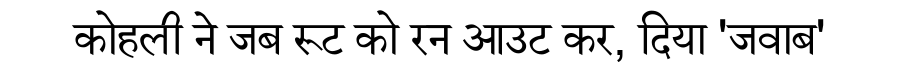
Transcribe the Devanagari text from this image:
कोहली ने जब रूट को रन आउट कर, दिया 'जवाब'